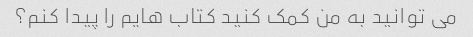
می توانید به من کمک کنید کتاب هایم را پیدا کنم؟